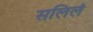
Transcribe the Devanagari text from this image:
सलिलं